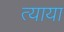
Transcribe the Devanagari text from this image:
त्याया